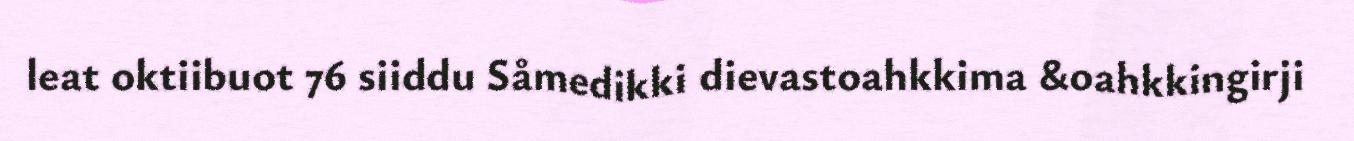
leat oktiibuot 76 siiddu Såmedikki dievastoahkkima &oahkkingirji